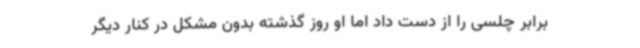
برابر چلسی را از دست داد اما او روز گذشته بدون مشکل در کنار دیگر